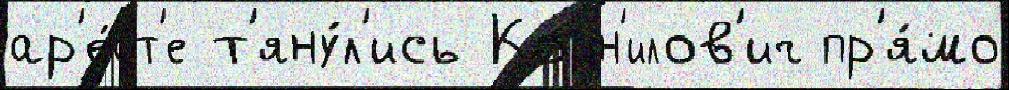
ар'е́ст'е т'яну́л'ись Корн'илов'ич пр'я́мо